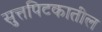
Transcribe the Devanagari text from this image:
सुत्तपिटकातील